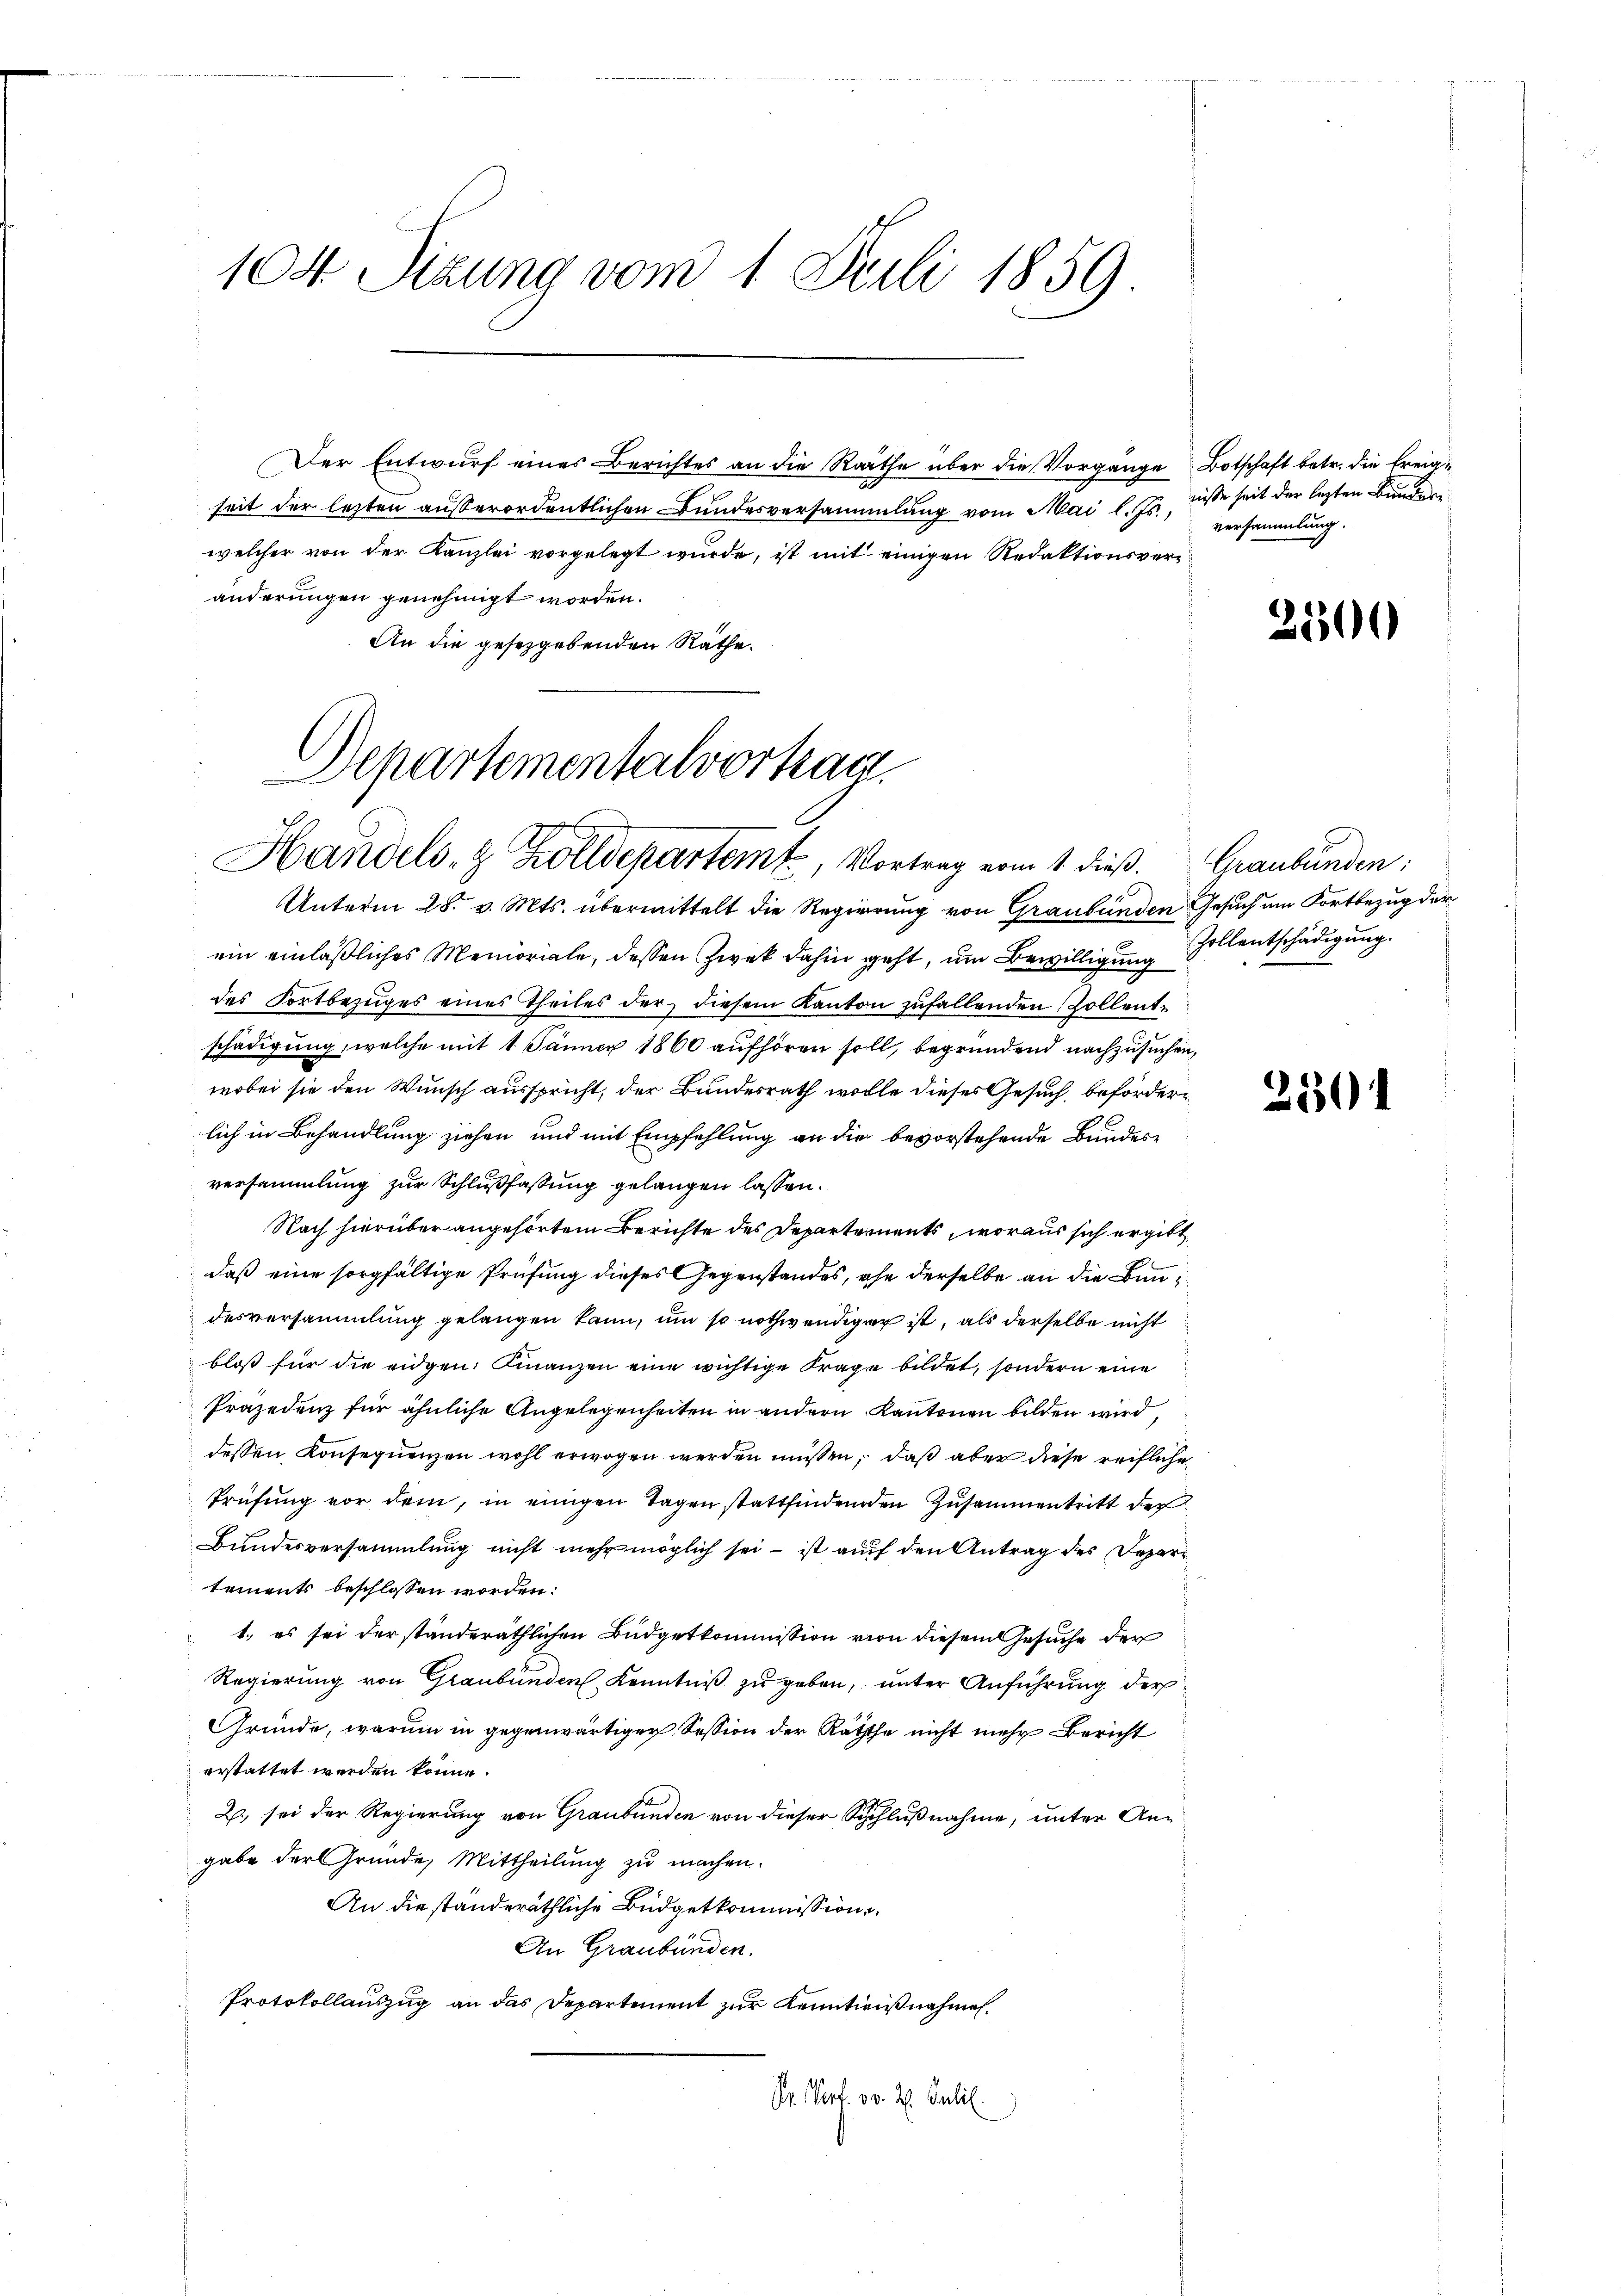
104 Sizung vom 1. Juli 1859.

Der Entwurf eines Berichtes an die Räthe über die Vorgang
seit der letzten außerordentlichen Bundesversammlung vom Mai l. Js.
welcher von der Kanzlei vorgelegt wurde, ist mit einigen Redaktionsv
änderungen genehmigt worden.
An die gesetzgebenden Räthe.

Departementalvortrau
Handels- & Zolldepartemt, Vortrag vom 1. dieß.

Unterm 28. v. Mts. übermittelt die Regierung von Graubünden
ein einläßliches Memoriale, dessen Zwek dahin geht, um Bewilligung
des Fortbezuges eines Theiles der diesem Kanton zufallenden Zollentschädigung, welche mit 1. Jänner 1860 aufhören soll, begründend nachzusuchen
wobei sie den Wunsch ausspricht, der Bundesrath wolle dieses Gesuch, beförderlich in Behandlung ziehen und mit Empfehlung an die bevorstehende Bundesversammlung zur Schlußfassung gelangen lassen.
Nach hierüber angehörtem Berichte des Departements, woraus sich ergibt
f
daß eine sorgfältige Prüfung dieses Gegenstandes, ehe derselbe an die Bundesversammlung gelangen kann, um so nothwendiger ist, als derselbe nicht
bloß für die eidgen. Finanzen eine wichtige Frage bildet, sondern eine
Prajedenz für ähnliche Angelegenheiten in andern Kantonen bilden wird,
dessen Konsequenzen wohl erwogen werden müssen, daß aber diese reifliche
Trüfung vor dem, in einigen Tagen stattfindenden Zusammentritt der
Bundesversammlung nicht mehr möglich sei – ist auf den Antrag des Departements beschlossen worden:
1.) es sei der standeräthlichen Büdgetkommission von diesem Gesuche der
Regierung von Graubünden Kenntniß zu geben, unter Anführung der
Gründe, warum in gegenwärtiger Session der Räthe nicht mehr Bericht
erstattet werden könne.
2, sei der Regierung von Graubünden von dieser Schlußnahme, unter Angabe der Gründe, Mittheilung zu machen.
An die standeräthliche Büdgetkommission
An Graubünden.
Protokollauszug an das Departement zur Kenntnißnahmen.
Dr. Porf. 30. d. Julil.

Botschaft betr. die Ereige
niße seit der lezten Bundere
versammlung.

Graubünden:
Gesuch um Fortbezug der
Zollentschädigung.

2

1500

2501